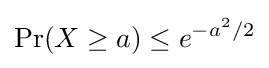
\Pr(X\geq a)\leq e^{-a^{2}/2}